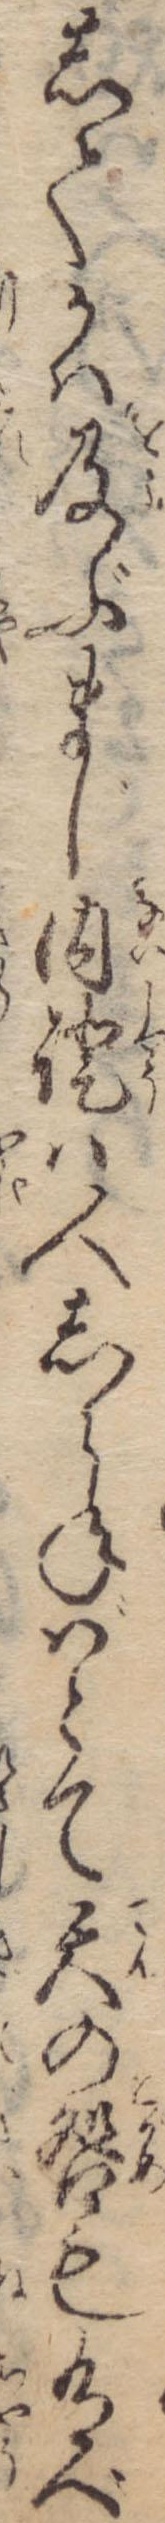
してかは及ぶまじ内証は人しらねばとて天の咎も有べ